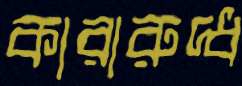
কারারুদ্ধ